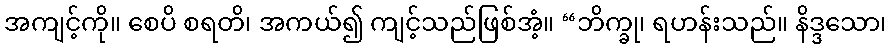
အကျင့်ကို။ စေပိ စရတိ၊ အကယ်၍ ကျင့်သည်ဖြစ်အံ့။ “ဘိက္ခု၊ ရဟန်းသည်။ နိဒ္ဒသော၊